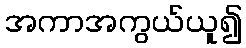
အကာအကွယ်ယူ၍